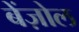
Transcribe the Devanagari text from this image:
बेंज़ोल